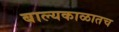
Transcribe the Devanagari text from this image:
बाल्यकाळातच